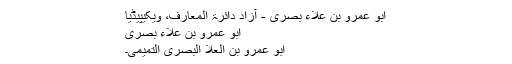
ابو عمرو بن علاء بصری - آزاد دائرۃ المعارف، ویکیپیڈیا
ابو عمرو بن علاء بصری
ابو عمرو بن العلا البصری التمیمی۔